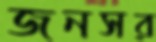
জনসর